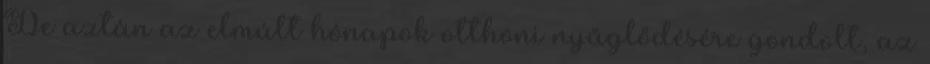
De aztán az elmúlt hónapok otthoni nyűglődésére gondolt, az